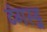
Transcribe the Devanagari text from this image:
टंगस्ट्न